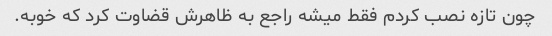
چون تازه نصب کردم فقط میشه راجع به ظاهرش قضاوت کرد که خوبه.